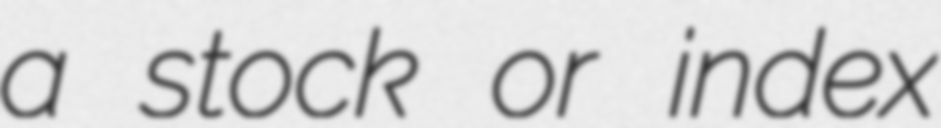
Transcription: a stock or index